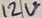
Text: 12V